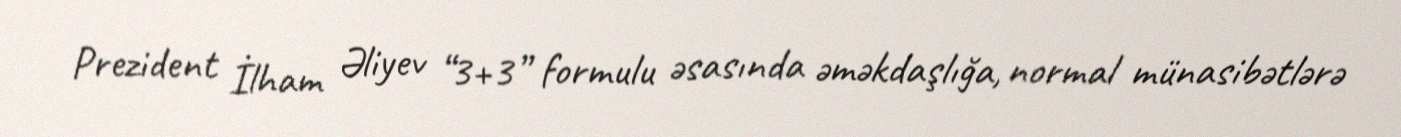
Prezident İlham Əliyev “3+3” formulu əsasında əməkdaşlığa, normal münasibətlərə